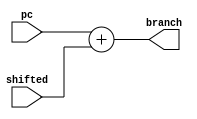
module adder32(branch,pc,shifted);
input [31:0] pc;
input [31:0] shifted;
output reg[31:0] branch;

initial
begin
branch=32'd0;
end
always @(pc or shifted)
begin
branch = pc + shifted;
end
endmodule